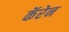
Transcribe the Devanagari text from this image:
कॅरेन